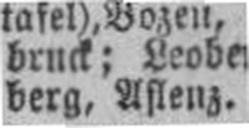
berg, Aslenz.